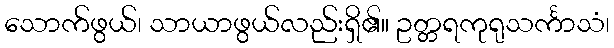
သောက်ဖွယ်၊ သာယာဖွယ်လည်းရှိ၏။ ဥတ္တရကုရုသင်္ကာသံ၊